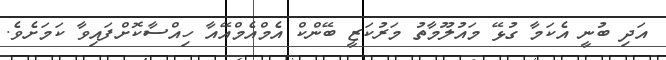
އަދި ބުނީ އެކަމާ ގުޅޭ މައުލޫމާތު މަރުކަޒީ ބޭންކް އެމްއެމްއޭއާ ހިއްސާކޮށްފައިވާ ކަމަށެވެ.